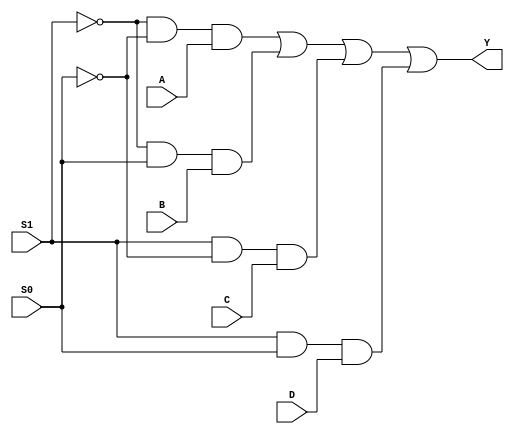
`timescale 1ns / 1ps
//////////////////////////////////////////////////////////////////////////////////
// Company: 
// Engineer: 
// 
// Design Name: 
// Module Name: Mux
// Project Name: 
// Target Devices: 
// Tool Versions: 
// Description: 
// 
// Dependencies: 
// 
// Revision:
// Revision 0.01 - File Created
// Additional Comments:
// 
//////////////////////////////////////////////////////////////////////////////////


module multiplexer(Y,A,B,C,D,S0,S1);
input A,B,C,D;
input S0,S1;
output Y;

assign Y=(~S1 & ~S0 & A) |
           (~S1 & S0 & B) |
           (S1 & ~S0 & C) |
            (S1 & S0 & D) ;
    
endmodule
module Test();
reg A, B, C, D, S0, S1;
wire Y;

initial
begin
    #00 S0 = 0; S1 = 0; A = 1; B = 1'b0; C = 1'b0; D = 1'b0; 
    #10 S0 = 1; S1 = 0; A = 0; B = 1'b1; C = 1'b0; D = 1'b0;
    #10 S0 = 0; S1 = 1; A = 0; B = 1'b0; C = 1'b1; D = 1'b0;
    #10 S0 = 1; S1 = 1; A = 0; B = 1'b0; C = 1'b0; D = 1'b1;
    #10 $stop;
end
multiplexer m(Y,A,B,C,D,S0,S1);
endmodule